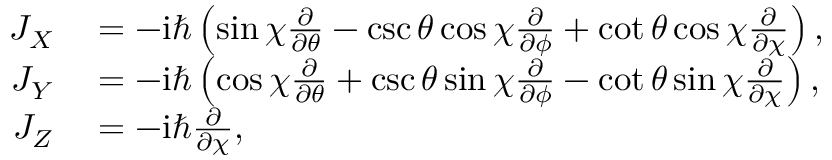
\begin{array} { r l } { J _ { X } } & { { } = - \mathrm { i } \hbar \left( \sin \chi \frac { \partial } { \partial \theta } - \csc \theta \cos \chi \frac { \partial } { \partial \phi } + \cot \theta \cos \chi \frac { \partial } { \partial \chi } \right) , } \\ { J _ { Y } } & { { } = - \mathrm { i } \hbar \left( \cos \chi \frac { \partial } { \partial \theta } + \csc \theta \sin \chi \frac { \partial } { \partial \phi } - \cot \theta \sin \chi \frac { \partial } { \partial \chi } \right) , } \\ { J _ { Z } } & { { } = - \mathrm { i } \hbar \frac { \partial } { \partial \chi } , } \end{array}